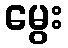
မွေး